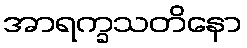
အာရက္ခသတိနော